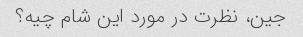
جین، نظرت در مورد این شام چیه؟